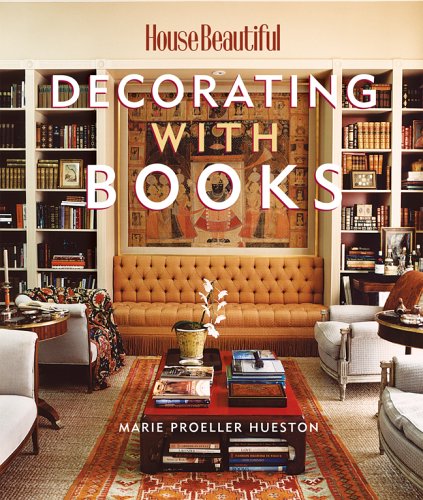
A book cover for Decorating with Books (House Beautiful); Marie Proeller Hueston; Crafts, Hobbies & Home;